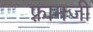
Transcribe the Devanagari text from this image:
फ़्रामजी